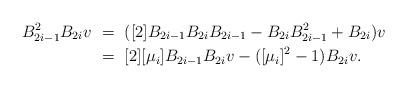
LaTeX: \begin{align*}B_{2i-1}^2B_{2i}v\ &=\ ([2]B_{2i-1}B_{2i}B_{2i-1}-B_{2i}B_{2i-1}^2+B_{2i})v\cr&=\ [2][\mu_i]B_{2i-1}B_{2i}v-([\mu_i]^2-1)B_{2i}v.\end{align*}